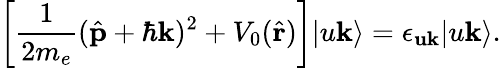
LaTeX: \left[\frac{1}{2m_{e}}(\hat{\mathbf{p}}+\hbar\mathbf{k})^{2}+V_{0}(\hat{\mathbf{r}})\right]|u\mathbf{k}\rangle=\epsilon_{\mathbf{uk}}|u\mathbf{k}\rangle.